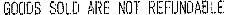
GOODS SOLD ARE NOT REFUNOABLE